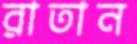
রাতান